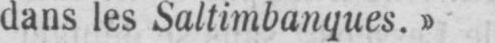
dans les Saltimbanques.»